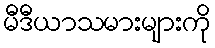
မီဒီယာသမားများကို